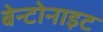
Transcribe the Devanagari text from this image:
बेन्टोनाइट